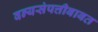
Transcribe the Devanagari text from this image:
वन्यसंपत्तीबाबत